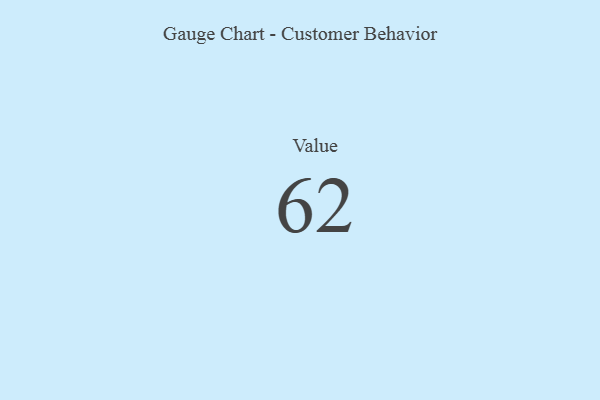
{"axis": {"x": "Metric", "y": "Value"}, "legend": [""], "data": [{"x": "Value", "y": 62, "type": ""}]}